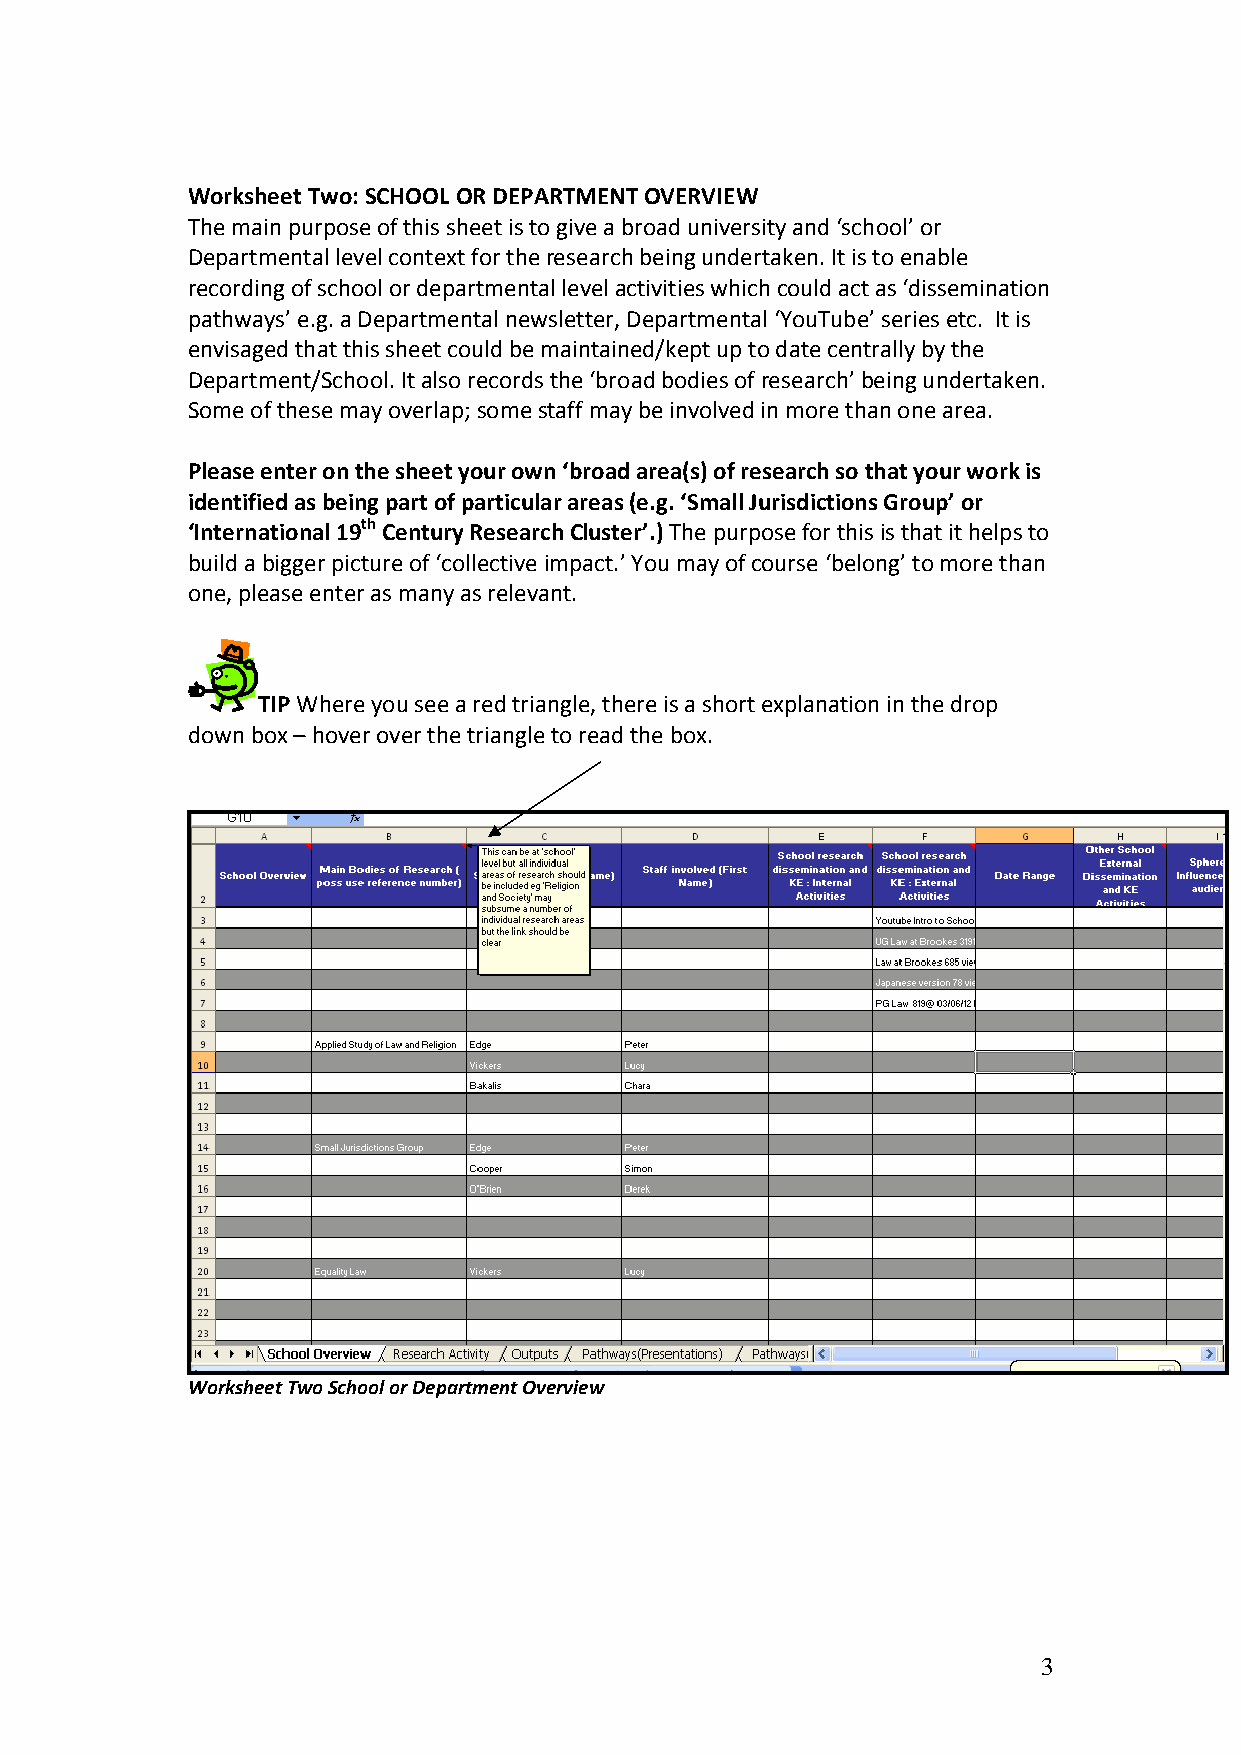
Worksheet Two: SCHOOL OR DEPARTMENT OVERVIEW
 The main purpose of this sheet is to give a broad university and ‘school’ or
 Departmental level context for the research being undertaken. It is to enable
 recording of school or departmental level activities which could act as ‘dissemination
 pathways’ e.g. a Departmental newsletter, Departmental ‘YouTube’ series etc. It is
 envisaged that this sheet could be maintained/kept up to date centrally by the
 Department/School. It also records the ‘broad bodies of research’ being undertaken.
 Some of these may overlap; some staff may be involved in more than one area.
 Please enter on the sheet your own ‘broad area(s) of research so that your work is
 identified as being part of particular areas (e.g. ‘Small Jurisdictions Group’ or
 ‘International 19th Century Research Cluster’.) The purpose for this is that it helps to
 build a bigger picture of ‘collective impact.’ You may of course ‘belong’ to more than
 one, please enter as many as relevant.
 TIP Where you see a red triangle, there is a short explanation in the drop
 down box – hover over the triangle to read the box.
 Worksheet Two School or Department Overview
 3